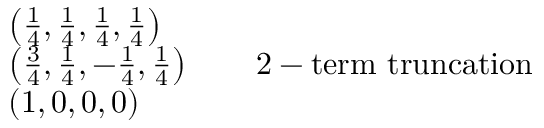
{ \begin{array} { r l } & { \left( { \frac { 1 } { 4 } } , { \frac { 1 } { 4 } } , { \frac { 1 } { 4 } } , { \frac { 1 } { 4 } } \right) } \\ & { \left( { \frac { 3 } { 4 } } , { \frac { 1 } { 4 } } , - { \frac { 1 } { 4 } } , { \frac { 1 } { 4 } } \right) \qquad { \mathrm { 2 - t e r m ~ t r u n c a t i o n } } } \\ & { \left( 1 , 0 , 0 , 0 \right) } \end{array} }